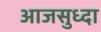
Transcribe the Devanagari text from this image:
आजसुध्दा